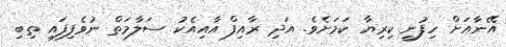
އޭނާއަށް ހިފުނީ ކިރިޔާ ކަމަށެވެ. އަދި ރާއިފް އާއިއެކު ސަލާމަތް ނުވެފިފައި ތިބި